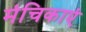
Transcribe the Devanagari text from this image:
मंचिकाएं